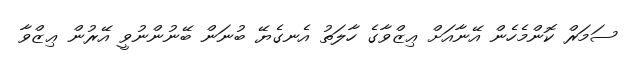
ސަމަރް ކޮންމެހެން އޭނާއަށް ޢިޒްވާގެ ހާލަތު އެނގެޔޭ ބުނަން ބޭނުންނުވީ އޭރުން ޢިޒްވާ